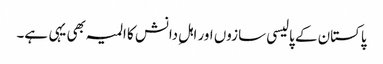
پاکستان کے پالیسی سازوں اور اہلِ دانش کا المیہ بھی یہی ہے۔